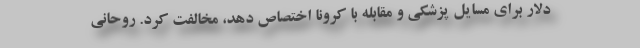
دلار برای مسایل پزشکی و مقابله با کرونا اختصاص دهد، مخالفت کرد. روحانی